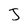
Character: J